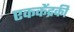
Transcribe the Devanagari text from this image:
एककेंद्रकी